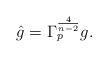
LaTeX: \begin{align*} \hat{g} = \Gamma_p^{\frac{4}{n-2}} g.\end{align*}